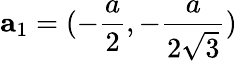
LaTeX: {\mathbf a}_{1}=(-\frac{a}{2},-\frac{a}{2\sqrt{3}})